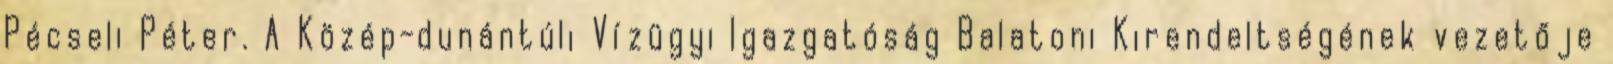
Pécseli Péter. A Közép-dunántúli Vízügyi Igazgatóság Balatoni Kirendeltségének vezetője